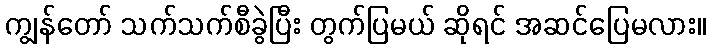
ကျွန်တော် သက်သက်စီခွဲပြီး တွက်ပြမယ် ဆိုရင် အဆင်ပြေမလား။